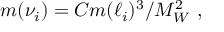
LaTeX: m ( \nu _ { i } ) = C m ( \ell _ { i } ) ^ { 3 } / M _ { W } ^ { 2 } \ ,